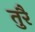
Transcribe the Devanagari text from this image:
तुरै